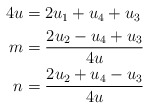
\begin{align*}\begin{aligned}4u& = 2u_1 + u_4 + u_3 \\m& = \frac{2u_2 - u_4 + u_3} {4u} \\n& = \frac{2u_2 + u_4 - u_3} {4u} \\\end{aligned}\end{align*}